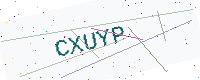
Text: CXUYP